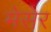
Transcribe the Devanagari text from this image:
मेसेर